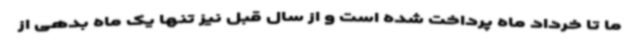
ما تا خرداد ماه پرداخت شده است و از سال قبل نیز تنها یک ماه بدهی از